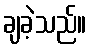
ချခဲ့သည်။